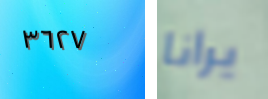
٣٦٢٧ يرانا